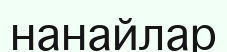
нанайлар